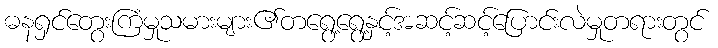
ဓနရှင်တွေးကြံမှုသမားများ၏တရွေ့ရွေ့နှင့်အဆင့်ဆင့်ပြောင်းလဲမှုတရားတွင်